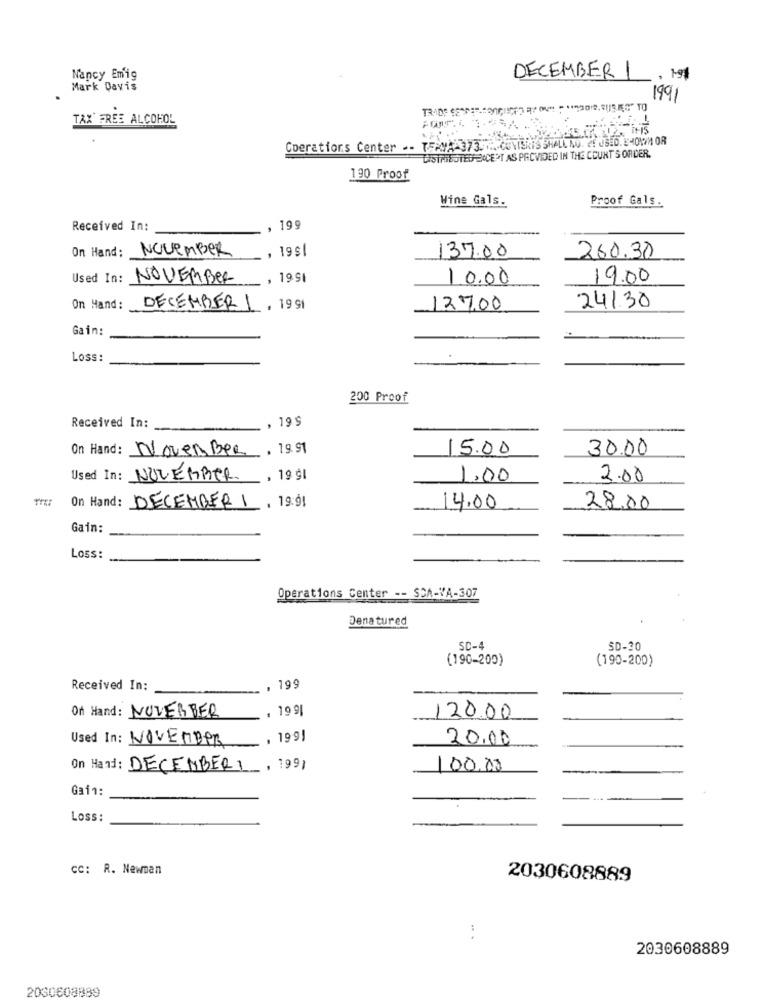
Nancy Emig
DECEMBER 1
Mark Davis
1991
TAX FREE ALCOHOL
Coerations Center -- TERVA-373.1 ... CUNISKIS SHALL NO. CE USED. 14017MI OR
DISTRIBUTED EXCEPT AS PROVIDED IN THE COURT'S ORDER.
190 Proof
Wine Gals.
Proof Gals.
Received In:
, 199
On Hand: NOVEMBER
, 19$1
137.00
260.30
Used In:
NOVEMBER
19.91
10.00
19.00
On Hand:
DECEMBER 1
. 19 91
127.00
241.30
Gain:
Loss:
200 Proof
Received In:
, 19 $
On Hand: Noven Ber
19.91
15.00
30.00
Used In: NOVEMBER
19 gl
1.00
2.00
On Hand: DECEMBER 1
. 19. 91
14.00
28.00
Gain:
Loss:
Operations Center -- SCA-VA-307
Denatured
SC-4
(190-200)
(190-200)
Received In:
. 199
. 19 9
Of Hand: NOVEMBER
120.00
Used In: NOVEMBER
. 199!
20.00
On Hand: DECEMBER 1
, 1991
100,00
Gain:
Loss:
cc: R. Newman
2030608889
. .
2030608889
2030608889